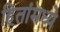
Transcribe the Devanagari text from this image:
हितांमध्ये